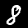
Digit: 8